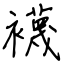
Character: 襪